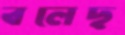
বলেছ